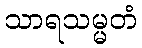
သာရသမ္မတံ